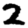
Digit: 2